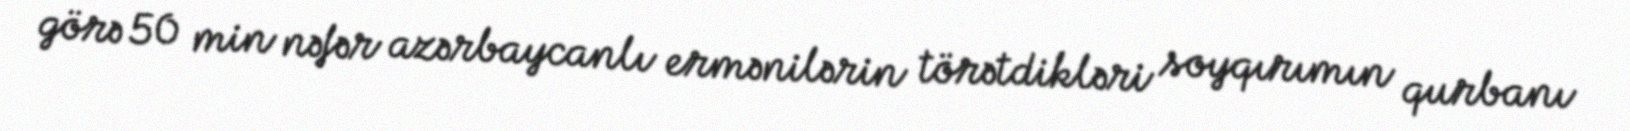
görə 50 min nəfər azərbaycanlı ermənilərin törətdikləri soyqırımın qurbanı